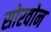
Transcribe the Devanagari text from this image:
सोरवोन